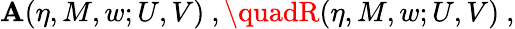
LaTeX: \mathbf{A}(\eta,M,w;U,V)\ ,\quadR(\eta,M,w;U,V)\ ,